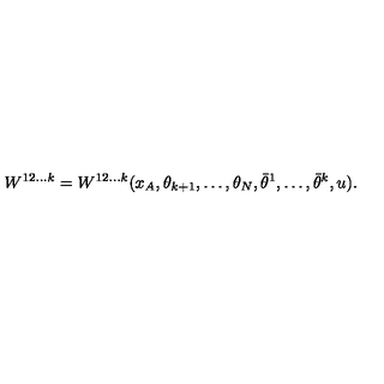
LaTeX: W ^ { 1 2 \ldots k } = W ^ { 1 2 \ldots k } ( x _ { A } , \theta _ { k + 1 } , \ldots , \theta _ { N } , \bar { \theta } ^ { 1 } , \ldots , \bar { \theta } ^ { k } , u ) .